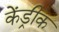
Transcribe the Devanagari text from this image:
केंड्रीक